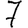
Digit: 7